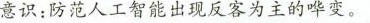
意识；防范人工智能出现反客为主的哗变。